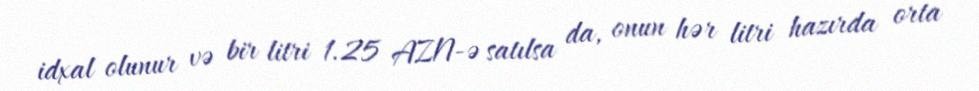
idxal olunur və bir litri 1.25 AZN-ə satılsa da, onun hər litri hazırda orta